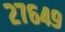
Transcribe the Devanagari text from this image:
२७६४९